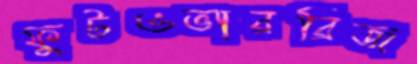
ফুটওভারব্রিজ